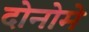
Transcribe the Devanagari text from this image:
दोनोमे